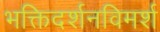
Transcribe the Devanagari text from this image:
भक्तिदर्शनविमर्श